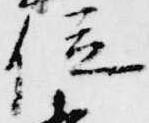
位